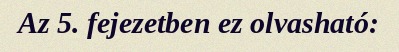
Az 5. fejezetben ez olvasható: